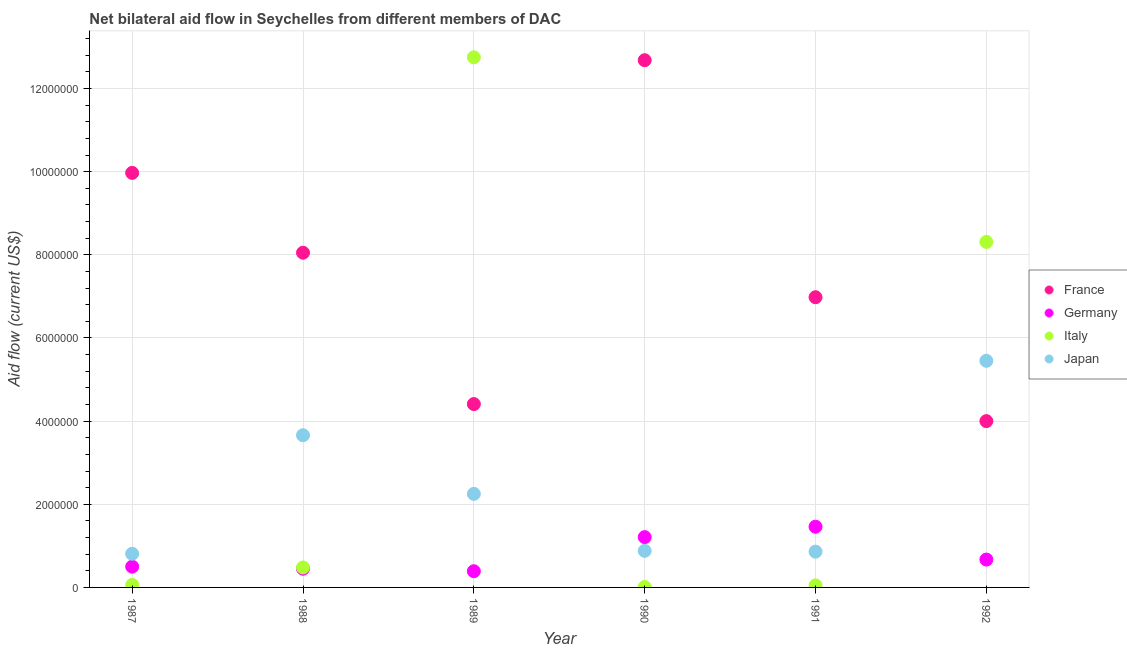
| Year | France | Germany | Italy | Japan |
 | --- | --- | --- | --- | --- |
 | 1987 | 9.97e+06 | 5e+05 | 6e+04 | 8.1e+05 |
 | 1988 | 8.05e+06 | 4.5e+05 | 4.8e+05 | 3.66e+06 |
 | 1989 | 4.41e+06 | 3.9e+05 | 1.28e+07 | 2.25e+06 |
 | 1990 | 1.27e+07 | 1.21e+06 | 1e+04 | 8.8e+05 |
 | 1991 | 6.98e+06 | 1.46e+06 | 5e+04 | 8.6e+05 |
 | 1992 | 4e+06 | 6.7e+05 | 8.31e+06 | 5.45e+06 |